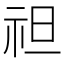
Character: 𥘵